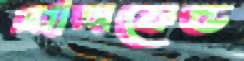
গ্রান্সফেল্ড